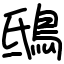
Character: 鴟